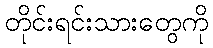
တိုင်းရင်းသားတွေကို